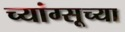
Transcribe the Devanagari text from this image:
च्यांग्सूच्या